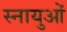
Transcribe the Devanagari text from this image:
स्‍नायुओं